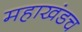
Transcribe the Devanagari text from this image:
महाखंडच